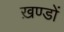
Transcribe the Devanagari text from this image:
ख़ण्डों